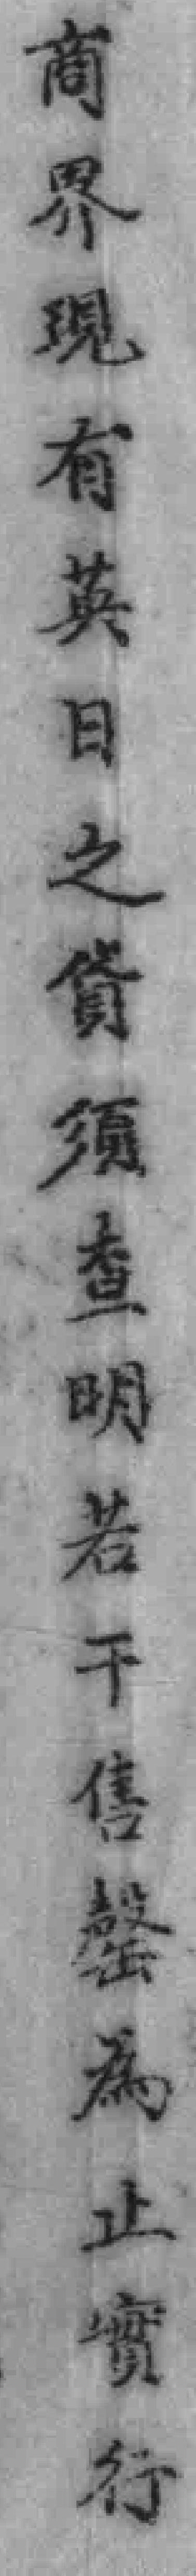
有界現有英日之貨须查明若干售餐為止實行